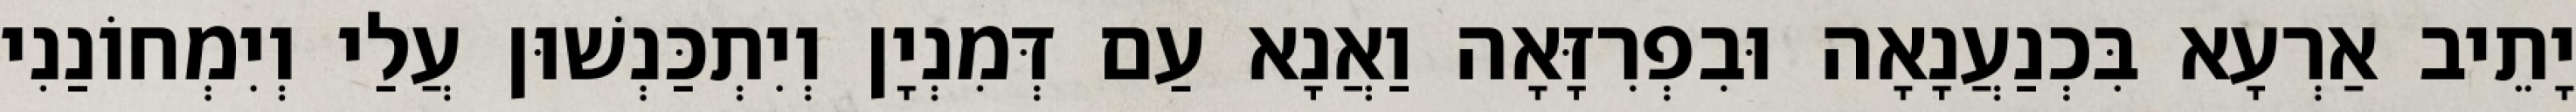
יָתֵיב אַרְעָא בִּכְנַעֲנָאָה וּבִפְרִזָּאָה וַאֲנָא עַם דְּמִנְיָן וְיִתְכַּנְשׁוּן עֲלַי וְיִמְחוֹנַנִי